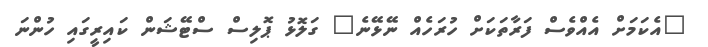
"އެކަމަށް އެއްވެސް ފަރާތަކަށް ހުރަހެއް ނޭޭޅޭނެ" ގަލޮޅު ޕޮލިސް ސްޓޭޝަން ކައިރީގައި ހުންނަ